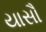
યાસૌ